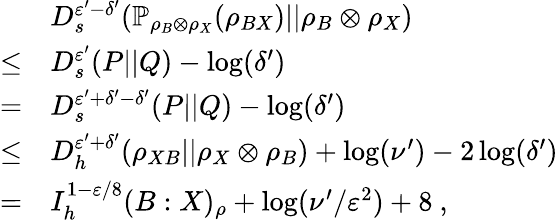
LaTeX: \begin{array}{rl}&{D_{s}^{\varepsilon^{\prime}-\delta^{\prime}}(\mathbb{P}_{\rho_{B}\otimes\rho_{X}}(\rho_{BX})||\rho_{B}\otimes\rho_{X})}\\ {\leq}&{D_{s}^{\varepsilon^{\prime}}(P||Q)-\log(\delta^{\prime})}\\ {=}&{D_{s}^{\varepsilon^{\prime}+\delta^{\prime}-\delta^{\prime}}(P||Q)-\log(\delta^{\prime})}\\ {\leq}&{D_{h}^{\varepsilon^{\prime}+\delta^{\prime}}(\rho_{XB}||\rho_{X}\otimes\rho_{B})+\log(\nu^{\prime})-2\log(\delta^{\prime})}\\ {=}&{I_{h}^{1-\varepsilon/8}(B:X)_{\rho}+\log(\nu^{\prime}/\varepsilon^{2})+8\ ,}\end{array}